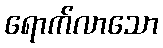
ရောက်လာသော